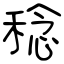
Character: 稔